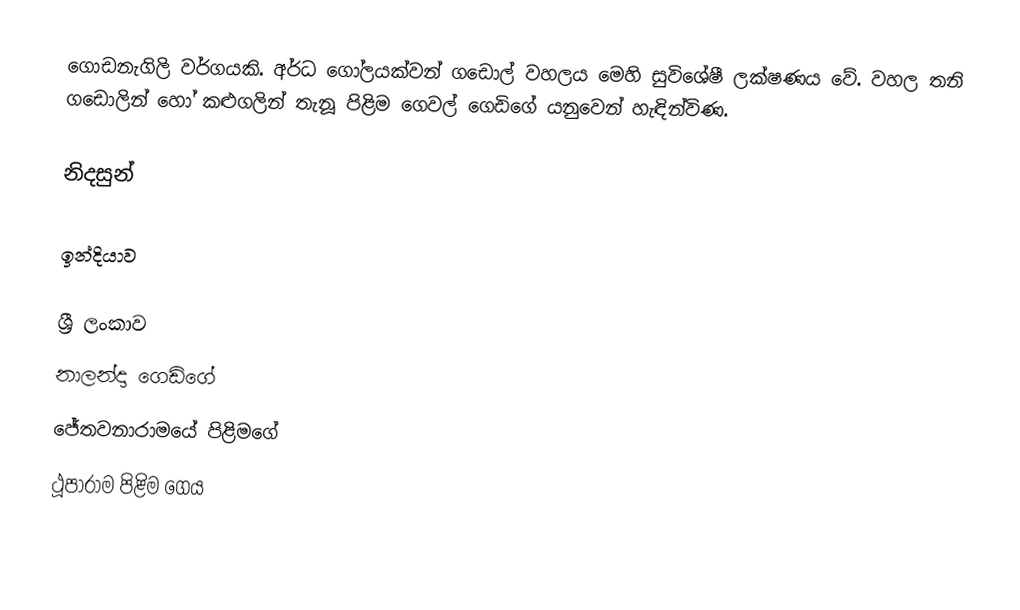
ගොඩනැගිලි වර්ගයකි. අර්ධ ගෝලයක්වන් ගඩොල් වහලය මෙහි සුවිශේෂී ලක්ෂණය වේ. වහල තනි ගඩොලින් හෝ කළුගලින් තැනූ පිළිම ගෙවල් ගෙඩිගේ යනුවෙන් හැඳින්විණ.

නිදසුන්

ඉන්දියාව

ශ්‍රී ලංකාව
 නාලන්දා ගෙඩිගේ
 ජේතවනාරාමයේ පිළිමගේ
ථූපාරාම පිළිම ගෙය